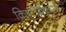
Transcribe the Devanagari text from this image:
क्रिष्टोब्रैंकस